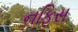
નફિસ